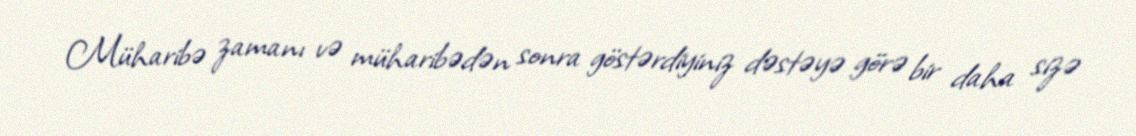
Müharibə zamanı və müharibədən sonra göstərdiyiniz dəstəyə görə bir daha sizə